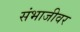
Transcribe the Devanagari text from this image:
संभाजीवर